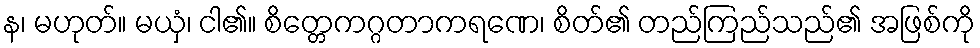
န၊ မဟုတ်။ မယှံ၊ ငါ၏။ စိတ္တေကဂ္ဂတာကရဏေ၊ စိတ်၏ တည်ကြည်သည်၏ အဖြစ်ကို